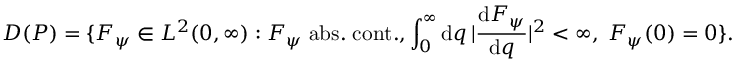
D ( P ) = \{ F _ { \psi } \in L ^ { 2 } ( 0 , \infty ) : F _ { \psi } \; \mathrm { a b s . } \; \mathrm { c o n t . } , \int _ { 0 } ^ { \infty } \mathrm { d } q \, | { \frac { \mathrm { d } F _ { \psi } } { \mathrm { d } q } } | ^ { 2 } < \infty , \; F _ { \psi } ( 0 ) = 0 \} .